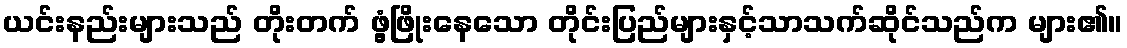
ယင်းနည်းများသည် တိုးတက် ဖွံ့ဖြိုးနေသော တိုင်းပြည်များနှင့်သာသက်ဆိုင်သည်က များ၏။